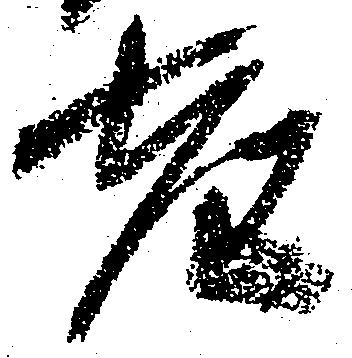
老